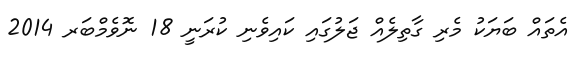
އެތައް ބަޔަކު މެރި ގާތިލެއް ޖަލުގައި ކައިވެނި ކުރަނީ 18 ނޮވެމްބަރ 2014